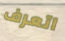
اتعرف